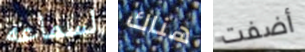
لسماعه هناك أضفت